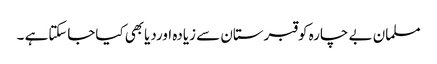
مسلمان بے چارہ کوقبرستان سے زیادہ اوردیابھی کیاجاسکتاہے ۔